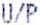
U/P